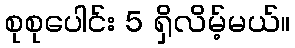
စုစုပေါင်း 5 ရှိလိမ့်မယ်။